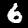
Label: 6